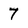
Character: 7